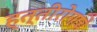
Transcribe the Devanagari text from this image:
ह्त्तीरोगाचे